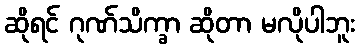
ဆိုရင် ဂုဏ်သိက္ခာ ဆိုတာ မလိုပါဘူး